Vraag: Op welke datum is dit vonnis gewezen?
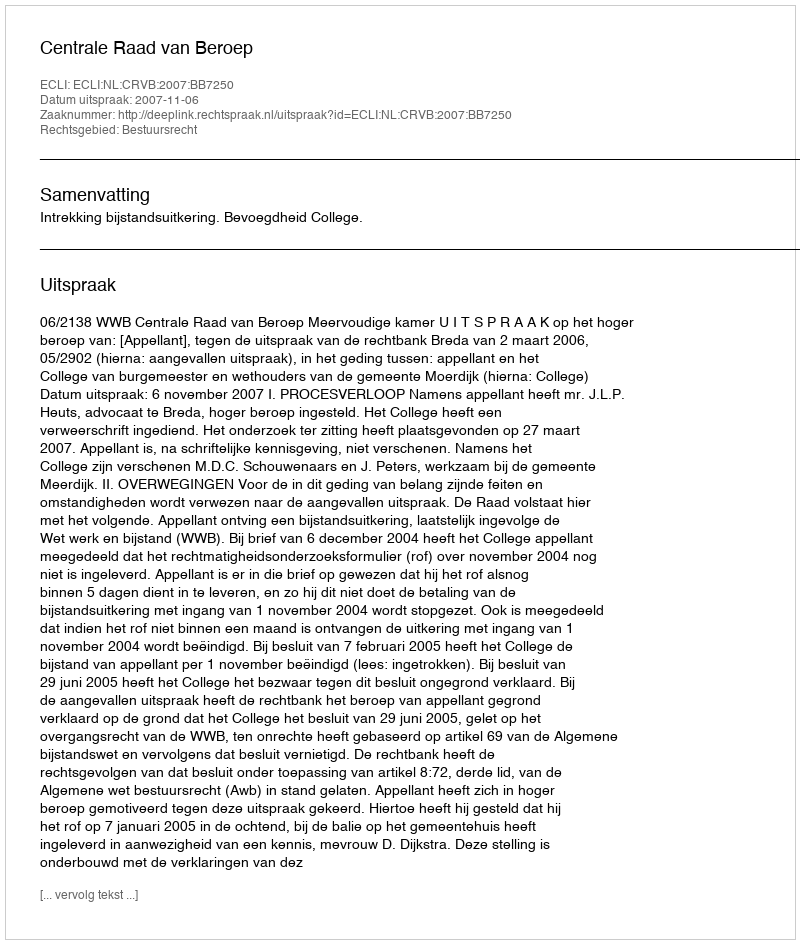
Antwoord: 2007-11-06